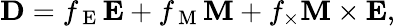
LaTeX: \mathbf{D}=f_{\mathrm{~E~}}\mathbf{E}+f_{\mathrm{~M~}}\mathbf{M}+f_{\times}\mathbf{M}\times\mathbf{E},